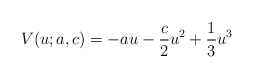
\begin{align*}V(u;a,c)=-au-\frac{c}{2}u^2+\frac{1}{3}u^3\end{align*}